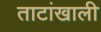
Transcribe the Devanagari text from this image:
ताटांखाली